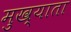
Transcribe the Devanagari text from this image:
मुख्याता